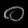
Digit: ၀